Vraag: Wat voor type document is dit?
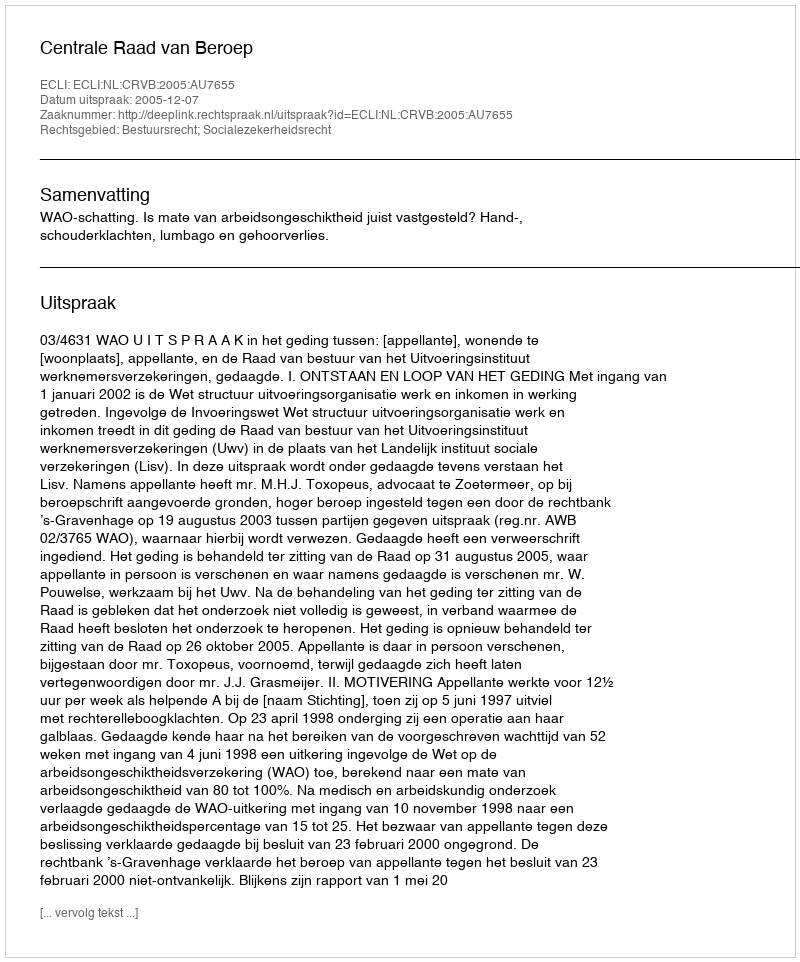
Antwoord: Uitspraak